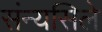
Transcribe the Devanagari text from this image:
संन्यसिले